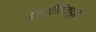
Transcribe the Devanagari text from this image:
पश्विमेकडून